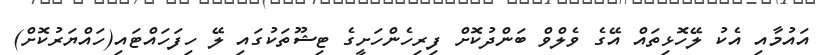
އައުމާއި އެކު ލޭހޮޅިތައް އޭގެ ވެލްވް ބަންދުކޮށް ފިރިހެންހަށީގެ ޓިޝޫތަކުގައި ލޭ ހިފަހައްޓައި(ހައްޔަރުކޮށް)